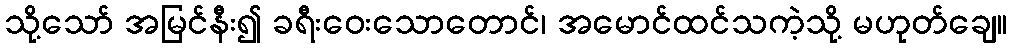
သို့သော် အမြင်နီး၍ ခရီးဝေးသောတောင်၊ အမောင်ထင်သကဲ့သို့ မဟုတ်ချေ။